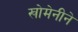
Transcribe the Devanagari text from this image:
खोमेनीने